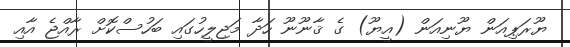
ޔޫރަޕިއަން ޔޫނިއަން (އީޔޫ) ގެ ޤާނޫނޫ ހަދާ މަޖިލީހުގައި ބަހުސްކޮށް ރާއްޖެ އާއި